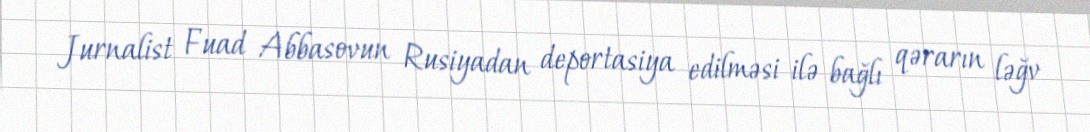
Jurnalist Fuad Abbasovun Rusiyadan deportasiya edilməsi ilə bağlı qərarın ləğv